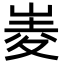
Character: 𡹃